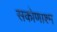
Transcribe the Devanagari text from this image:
सकोणाश्म